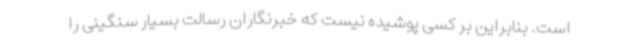
است. بنابراین بر کسی پوشیده نیست که خبرنگاران رسالت بسیار سنگینی را